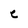
Character: C